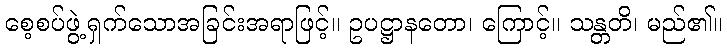
စေ့စပ်ဖွဲ့ရှက်သောအခြင်းအရာဖြင့်။ ဥပဋ္ဌာနတော၊ ကြောင့်။ သန္တတိ၊ မည်၏။